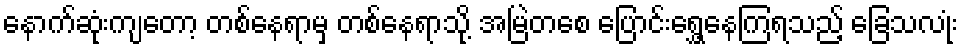
နောက်ဆုံးကျတော့ တစ်နေရာမှ တစ်နေရာသို့ အမြဲတစေ ပြောင်းရွှေ့နေကြရသည့် ခြေသလုံး